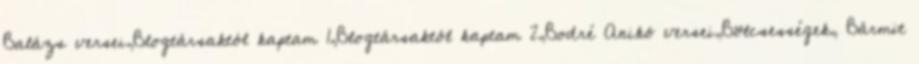
Balázs versei,Blogtársaktól kaptam 1,Blogtársaktól kaptam 2,Bodré Anikó versei,Bölcsességek, Bármit